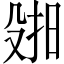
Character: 𫽑